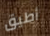
أطيق